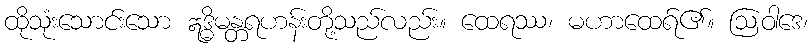
ထိုသုံးသောင်းသော ဣဒ္ဓိမန္တရဟန်းတို့သည်လည်း။ ထေရဿ၊ မဟာထေရ်၏။ ဩဝါဒေ၊